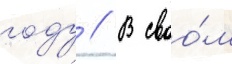
году // В своо́м